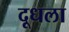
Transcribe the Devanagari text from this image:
दूधला